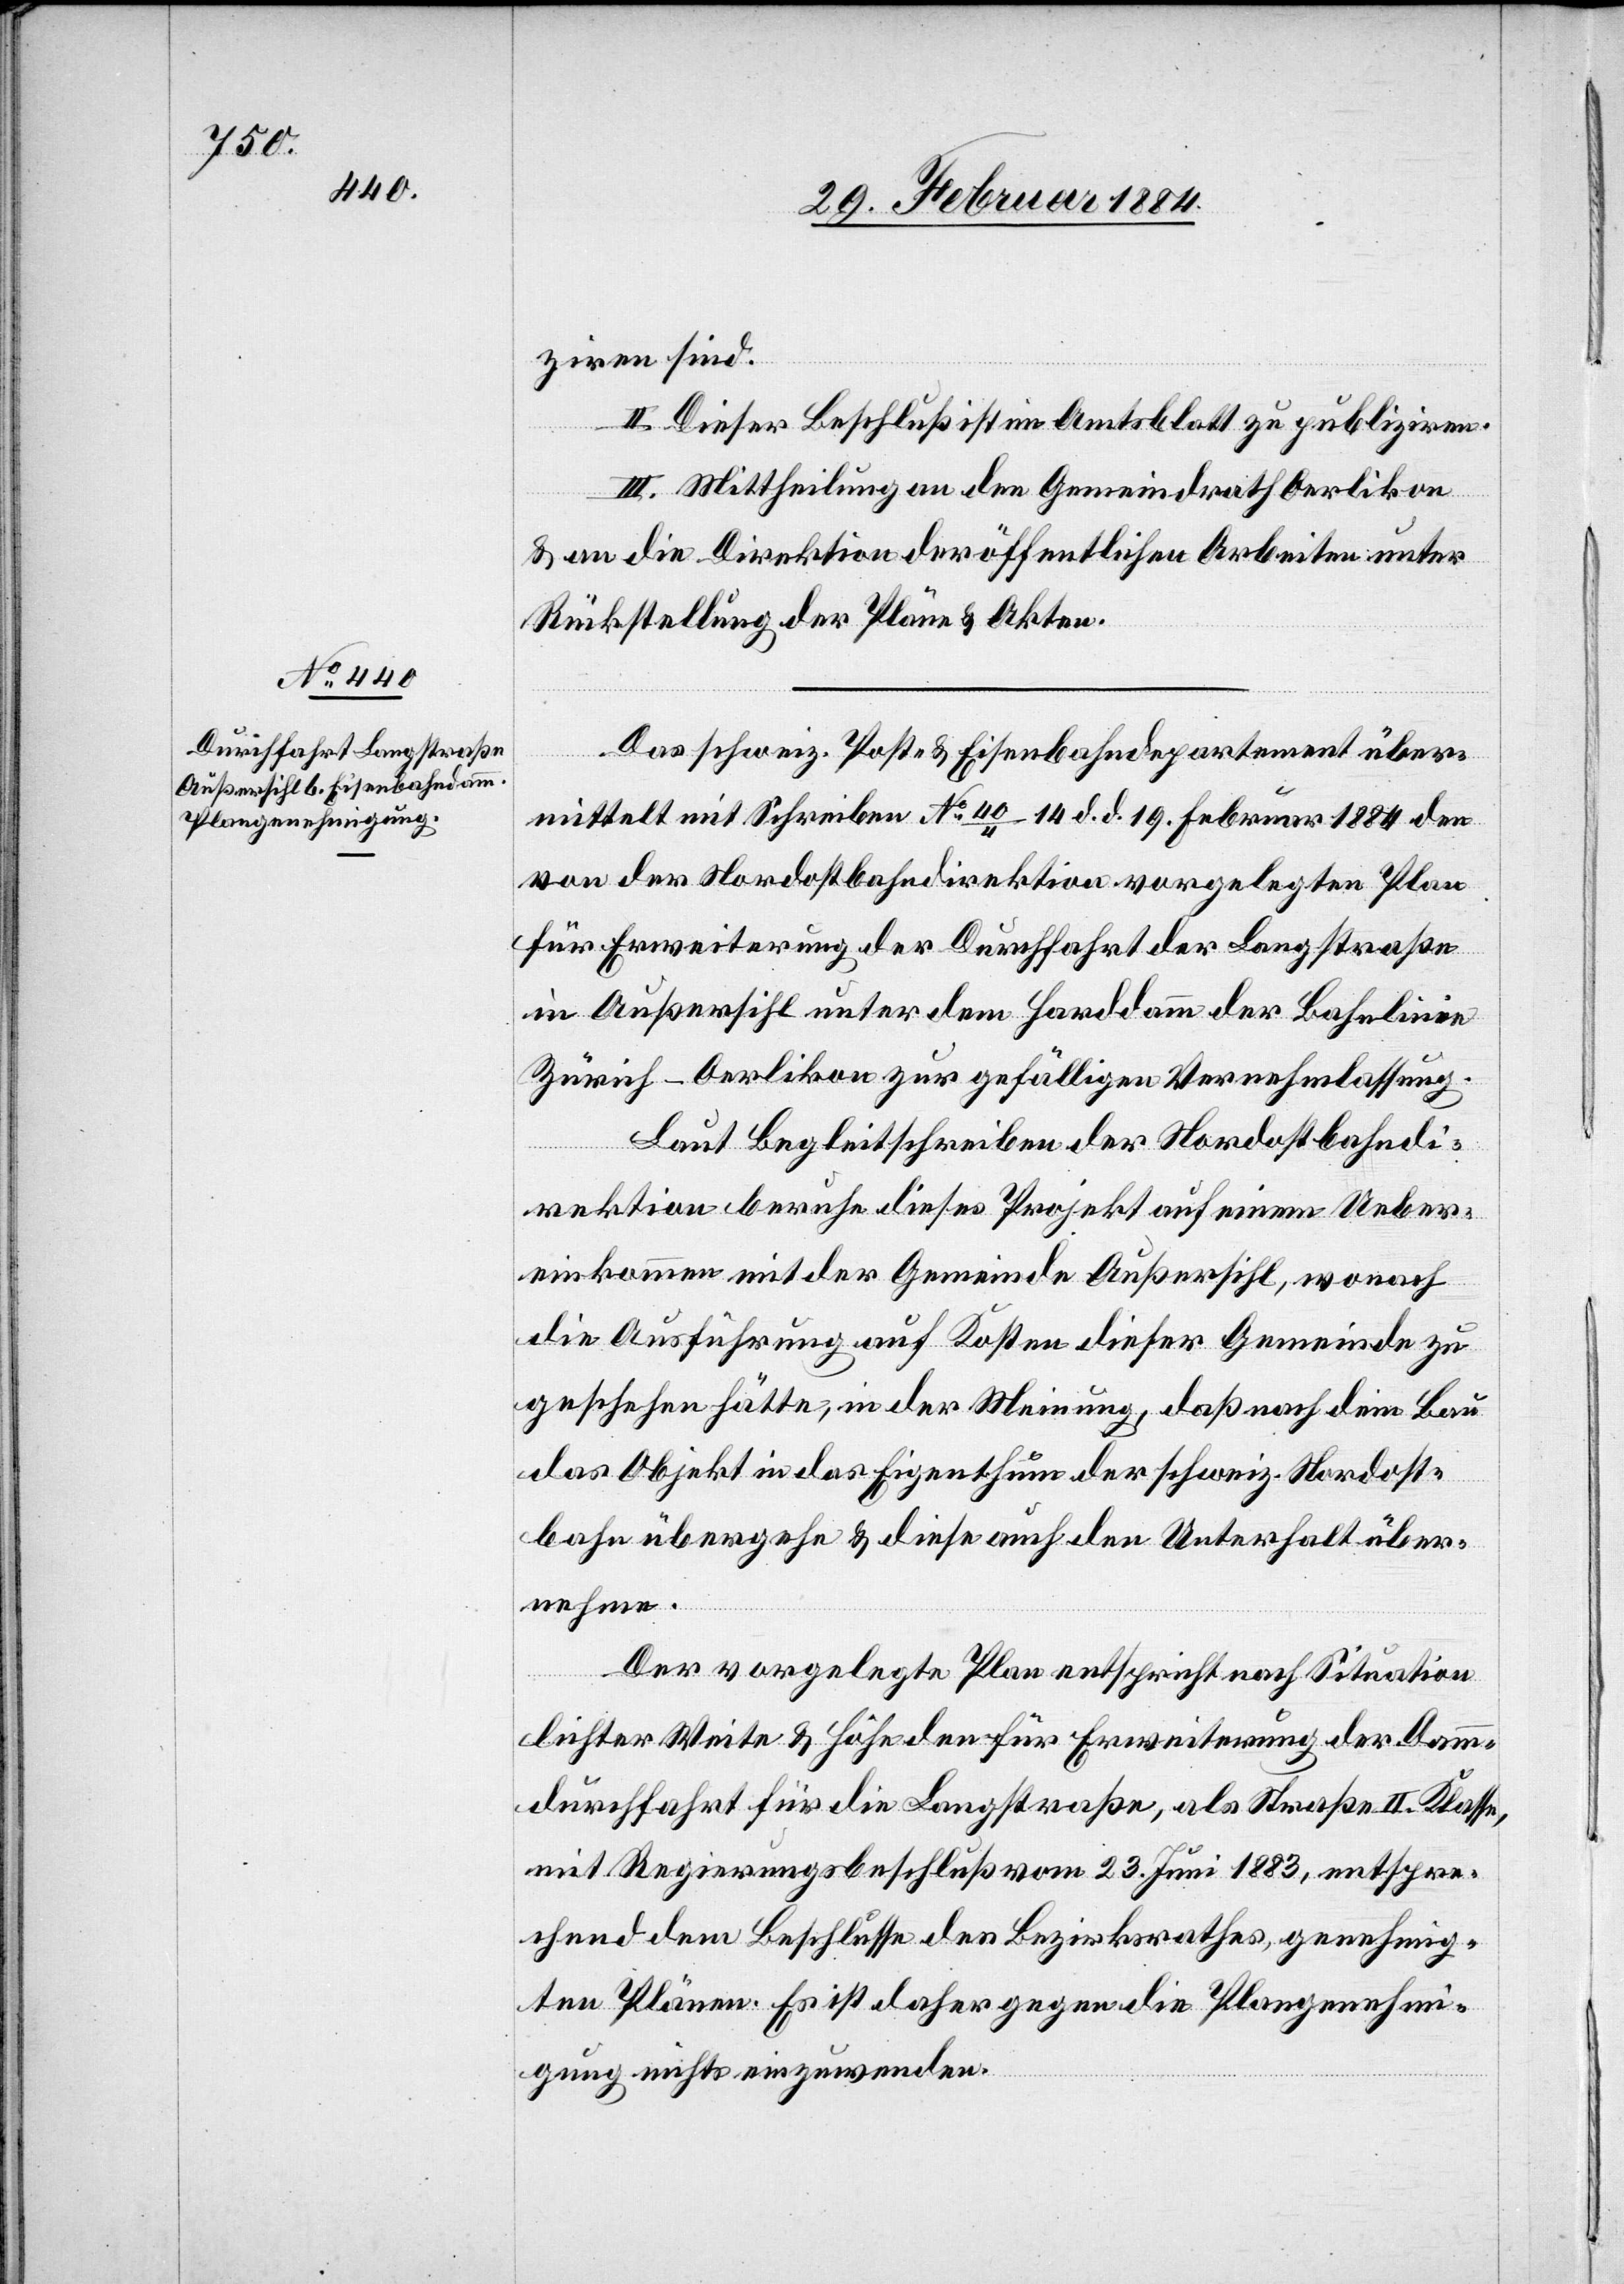
ziren sind.
II. Dieser Beschluß ist im Amtsblatt zu publiziren.
III. Mittheilung an den Gemeindrath Oerlikon
& an die Direktion der öffentlichen Arbeiten unter
Rückstellung der Pläne & Akten.
Das schweiz. Post- & Eisenbahndepartement über¬
mittelt mit Schreiben No 40/4 14. d. d. 19. Februar 1884 den
von der Nordostbahndirektion vorgelegten Plan
für Erweiterung der Durchfahrt der Langstraße
und Außersihl unter dem Harddamm der Bahnlinie
Zürich–Oerlikon zur gefälligen Vernehmlassung.
Laut Begleitschreiben der Nordostbahndi¬
rektion beruhe dieses Projekt auf einem Ueber¬
einkommen mit der Gemeinde Außersihl, wonach
die Ausführung auf Kosten dieser Gemeinde zu
geschehen hätte, in der Meinung, daß nach dem Bau
das Objekt in das Eigenthum der schweiz. Nordost¬
bahn übergehe & diese auch den Unterhalt über¬
nehme.
Der vorgelegte Plan entspricht nach Situation
lichter Weite & Höhe den für Erweiterung der Damm¬
durchfahrt für die Langstraße, als Straße II. Klasse,
mit Regierungsbeschluß vom 23. Juni 1883, entspre¬
chend dem Beschlusse des Bezirksrathes, genehmig¬
ten Plänen. Es ist daher gegen die Plangenehmi¬
gung nichts einzuwenden.